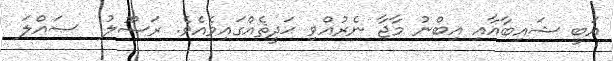
އަބީ ޝައިބާއާއި އިބްނު މާޖާ ނެރުއްވި ޙަދީޘެއްގައިވެއެވެ. ރަސޫލު  ޞައްލަ